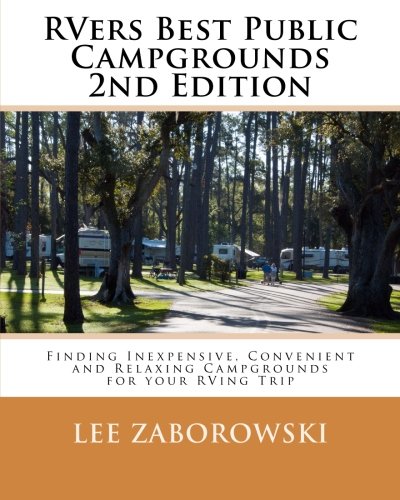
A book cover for Rvers Best Public Campgrounds: Finding Inexpensive, Convenient and Relaxing Campgrounds for your RVing Trip; Lee Zaborowski; Travel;